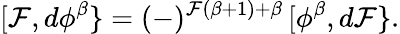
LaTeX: [\mathcal{F},d\phi^{\beta}\} =(-)^{\mathcal{F}(\beta+1)+\beta}\, [\phi^{\beta},d\mathcal{F}\} .